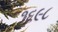
૧૬૯૮